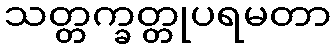
သတ္တက္ခတ္တုပရမတာ